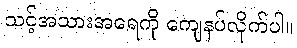
သင့်အသားအရေကို ကျေနပ်လိုက်ပါ။